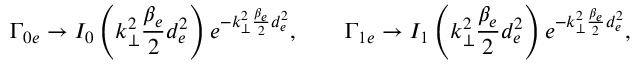
\Gamma _ { 0 e } \rightarrow I _ { 0 } \left( k _ { \perp } ^ { 2 } \frac { \beta _ { e } } { 2 } d _ { e } ^ { 2 } \right) e ^ { - k _ { \perp } ^ { 2 } \frac { \beta _ { e } } { 2 } d _ { e } ^ { 2 } } , \qquad \Gamma _ { 1 e } \rightarrow I _ { 1 } \left( k _ { \perp } ^ { 2 } \frac { \beta _ { e } } { 2 } d _ { e } ^ { 2 } \right) e ^ { - k _ { \perp } ^ { 2 } \frac { \beta _ { e } } { 2 } d _ { e } ^ { 2 } } ,